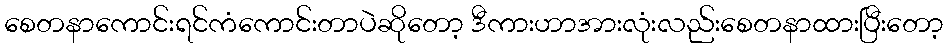
စေတနာကောင်းရင်ကံကောင်းတာပဲဆိုတော့ ဒီကားဟာအားလုံးလည်းစေတနာထားပြီးတော့